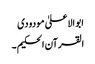
ابو الاعلیٰ مودودی
القرآن الحکیم ۔